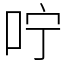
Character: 咛